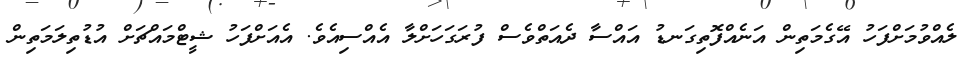
ލެއްވުމަށްފަހު އޭގެމަތިން އަނެއްފޮތިގަނޑު އައްސާ ދެއަތްވެސް ފުރަގަހަށްލާ އެއްސިއެވެ. އެއަށްފަހު ޝީޓްމައްޗަށް އުޑުތިލަމަތިން